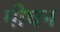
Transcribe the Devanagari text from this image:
मीघन